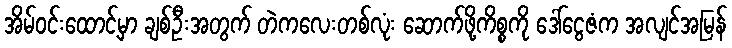
အိမ်ဝင်းထောင့်မှာ ချစ်ဦးအတွက် တဲကလေးတစ်လုံး ဆောက်ဖို့ကိစ္စကို ဒေါ်ငွေဇံက အလျင်အမြန်